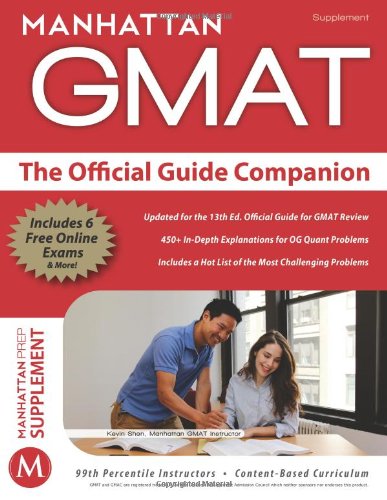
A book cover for Official Guide Companion; Manhattan GMAT; Test Preparation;